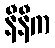
နီနီက